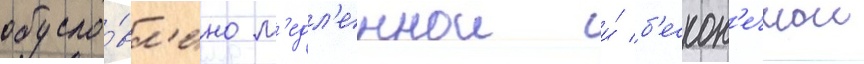
обусло́вл'ено м'едл'еннои и́ б'ескон'ечнои